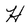
Character: H